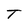
Character: T